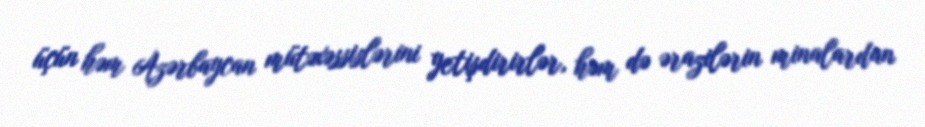
üçün həm Azərbaycan mütəxəssislərini yetişdirirlər, həm də ərazilərin minalardan